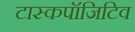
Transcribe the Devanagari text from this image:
टास्कपॉजिटिव